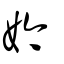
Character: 妗